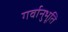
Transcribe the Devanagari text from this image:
गर्वानुभूति